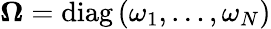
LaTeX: \boldsymbol{\Omega}=\operatorname{diag}\left(\omega_{1},\ldots,\omega_{N}\right)